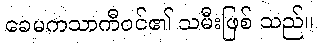
ခေမကသာကီဝင်၏ သမီးဖြစ် သည်။